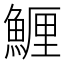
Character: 䱳